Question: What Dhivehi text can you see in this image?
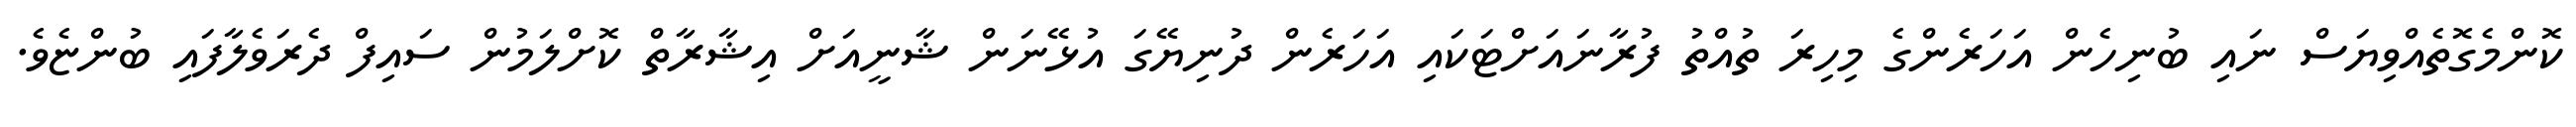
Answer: ކޮންމެގޮތެއްވިޔަސް ނައި ބުނިހެން އަހަރެންގެ މިހިރަ ތުއްތު ފުރާނައަށްޓަކައި އަހަރެން ދުނިޔޭގަ އުޅޭނަން ޝާނީއަށް އިޝާރާތް ކޮށްލަމުން ސައިފް ދެރަވެލާފައި ބުންޏެވެ.